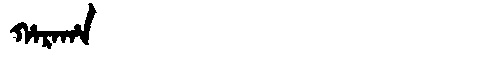
Manchu: ᡥᠠᡵᠠᡥᠠ
Romanization: HARAHA